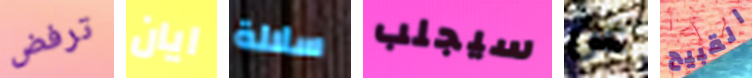
ترفض ايان سلالة سيجلب عن القبيح